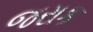
જરાક